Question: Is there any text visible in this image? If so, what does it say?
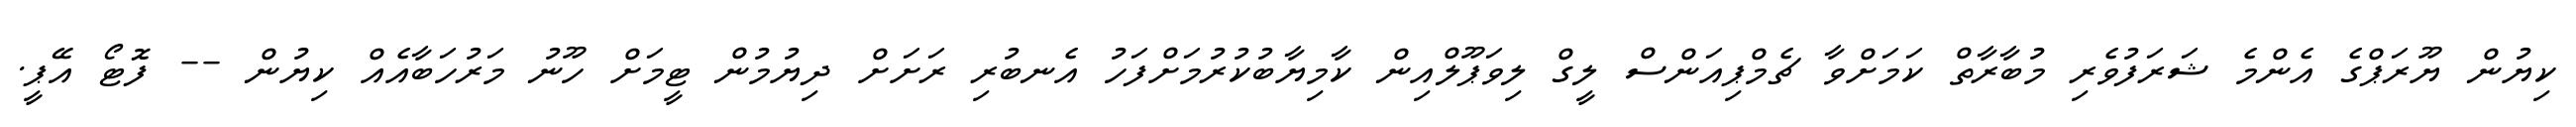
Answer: ކިޔުން ޔޫރަޕްގެ އެންމެ ޝަރަފުވެރި މުބާރާތް ކަމަށްވާ ޗެމްޕިއަންސް ލީގް ލިވަޕޫލްއިން ކާމިޔާބުކުރުމަށްފަހު އެނބުރި ރަށަށް ދިޔުމުން ޓީމަށް ހޫނު މަރުހަބާއެއް ކިޔުން -- ފޮޓޯ އޭޕީ.